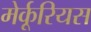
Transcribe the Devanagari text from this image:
मेर्कूरियस